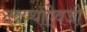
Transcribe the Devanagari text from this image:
दबण्याऐवजी